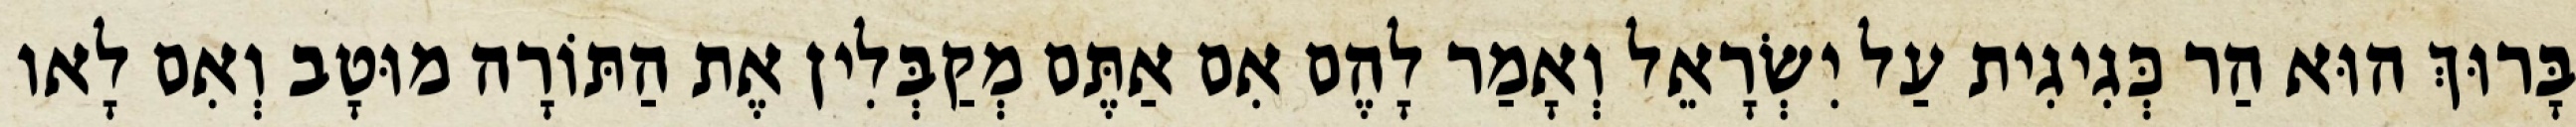
בָּרוּךְ הוּא הַר כְּגִיגִית עַל יִשְׂרָאֵל וְאָמַר לָהֶם אִם אַתֶּם מְקַבְּלִין אֶת הַתּוֹרָה מוּטָב וְאִם לָאו